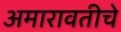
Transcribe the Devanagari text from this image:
अमारावतीचे